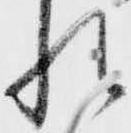
れ